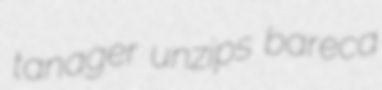
tanager unzips bareca